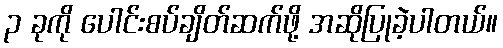
၃ ခုကို ပေါင်းစပ်ချိတ်ဆက်ဖို့ အဆိုပြုခဲ့ပါတယ်။